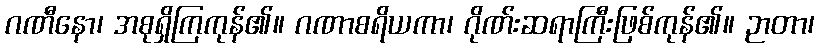
ဂဏီနော၊ အစုရှိကြကုန်၏။ ဂဏာစရိယကာ၊ ဂိုဏ်းဆရာကြီးဖြစ်ကုန်၏။ ဉာတာ၊